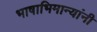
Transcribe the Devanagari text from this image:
भाषाभिमान्यांनी